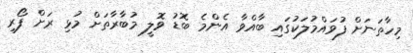
މިހާތަނަށް ފުވައްމުލަކުގައި ބާއްވާ އެންމެ ބޮޑު ވޮލީ މުބާރާތަށް މުޅި ރަށް ފޯރި